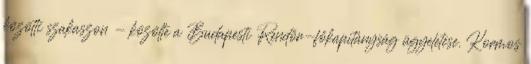
közötti szakaszon - közölte a Budapesti Rendőr-főkapitányság ügyeletese. Kormos